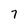
Character: 7